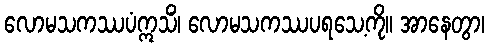
လောမသကဿပံဣသိံ၊ လောမသကဿပရသေ့ကို။ အာနေတွာ၊